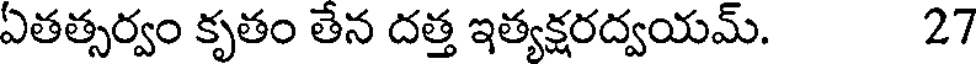
ఏతత్సర్వం కృతం తేన దత్త ఇత్యక్షరద్వయమ్. 27